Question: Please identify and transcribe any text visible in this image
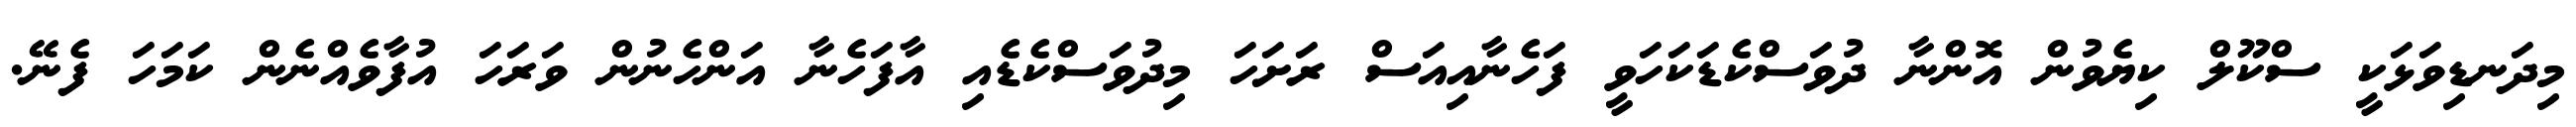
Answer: މިދަނޑިވަޅަކީ ސްކޫލް ކިޔެވުން އޮންނާ ދުވަސްކެޑަކަހަވީ ފަހެނާއިއަސް ރަށަހަ މިދުވަސްކެޑެއި އާފަހެނާ އަންހެނުން ވަރަހަ އުފާވެއްނެން ކަމަހަ ފެނޭ.